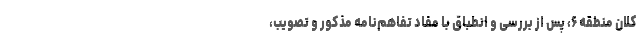
کلان منطقه ۶، پس از بررسی و انطباق با مفاد تفاهم‌نامه مذکور و تصویب،